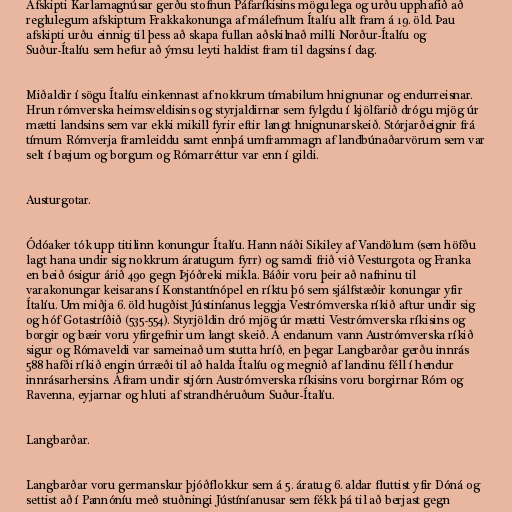
Afskipti Karlamagnúsar gerðu stofnun Páfaríkisins mögulega og urðu upphafið að
reglulegum afskiptum Frakkakonunga af málefnum Ítalíu allt fram á 19. öld. Þau
afskipti urðu einnig til þess að skapa fullan aðskilnað milli Norður-Ítalíu og
Suður-Ítalíu sem hefur að ýmsu leyti haldist fram til dagsins í dag.

Miðaldir í sögu Ítalíu einkennast af nokkrum tímabilum hnignunar og endurreisnar.
Hrun rómverska heimsveldisins og styrjaldirnar sem fylgdu í kjölfarið drógu mjög úr
mætti landsins sem var ekki mikill fyrir eftir langt hnignunarskeið. Stórjarðeignir frá
tímum Rómverja framleiddu samt ennþá umframmagn af landbúnaðarvörum sem var
selt í bæjum og borgum og Rómarréttur var enn í gildi.

Austurgotar.

Ódóaker tók upp titilinn konungur Ítalíu. Hann náði Sikiley af Vandölum (sem höfðu
lagt hana undir sig nokkrum áratugum fyrr) og samdi frið við Vesturgota og Franka
en beið ósigur árið 490 gegn Þjóðreki mikla. Báðir voru þeir að nafninu til
varakonungar keisarans í Konstantínópel en ríktu þó sem sjálfstæðir konungar yfir
Ítalíu. Um miðja 6. öld hugðist Jústiníanus leggja Vestrómverska ríkið aftur undir sig
og hóf Gotastríðið (535-554). Styrjöldin dró mjög úr mætti Vestrómverska ríkisins og
borgir og bæir voru yfirgefnir um langt skeið. Á endanum vann Austrómverska ríkið
sigur og Rómaveldi var sameinað um stutta hríð, en þegar Langbarðar gerðu innrás
588 hafði ríkið engin úrræði til að halda Ítalíu og megnið af landinu féll í hendur
innrásarhersins. Áfram undir stjórn Austrómverska ríkisins voru borgirnar Róm og
Ravenna, eyjarnar og hluti af strandhéruðum Suður-Ítalíu.

Langbarðar.

Langbarðar voru germanskur þjóðflokkur sem á 5. áratug 6. aldar fluttist yfir Dóná og
settist að í Pannóníu með stuðningi Jústíníanusar sem fékk þá til að berjast gegn